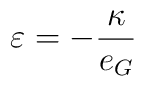
\varepsilon = - \frac{\kappa}{e_G}